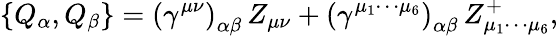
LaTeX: \left\{ Q_{\alpha},Q_{\beta}\right\} =\left(\gamma^{\mu\nu}\right)_{\alpha\beta}\, Z_{\mu\nu}+\left(\gamma^{\mu_{1}\cdots\mu_{6}}\right)_{\alpha\beta}\, Z_{\mu_{1}\cdots\mu_{6}}^{+},